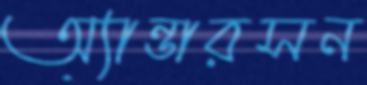
অ্যান্ডারসন